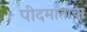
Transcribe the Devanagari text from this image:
पीदमाँताचा